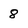
Character: 8